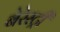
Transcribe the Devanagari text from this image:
बेरेस्ट्री